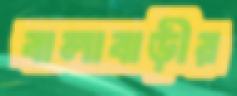
বালাবাড়ীর